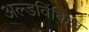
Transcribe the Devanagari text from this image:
अल्डविंकिल